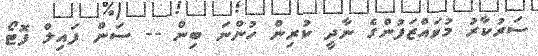
ސަރުކާރު މުވައްޒަފުންގެ ނާދީ ކުރިން ހުންނަ ބިން -- ސަން ފައިލް ފޮޓޯ